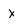
Character: X